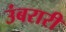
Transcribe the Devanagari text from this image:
उंबरारी